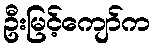
ဦးမြင့်ကျော်က